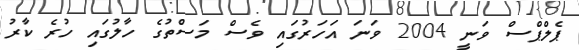
ޕެލްޕްސް ވަނީ 2004 ވަނަ އަހަރުގައި ވެސް މަސްތުގެ ހާލުގައި ހުރެ ކާރު